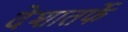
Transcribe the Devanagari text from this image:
देशातर्फे